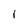
Character: I